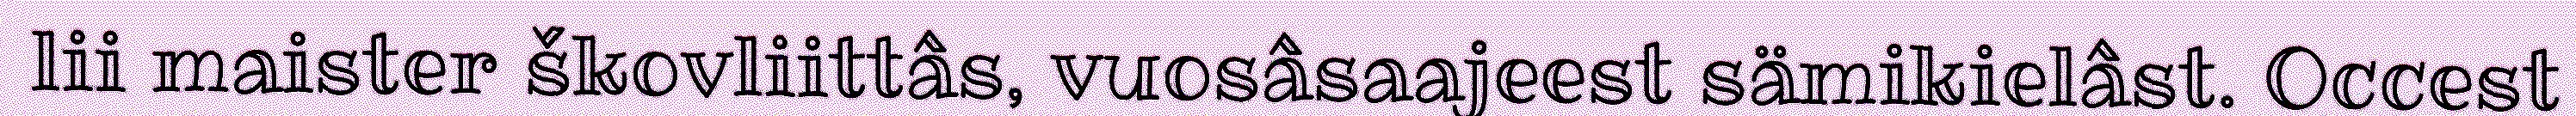
lii maister škovliittâs, vuosâsaajeest sämikielâst. Occest